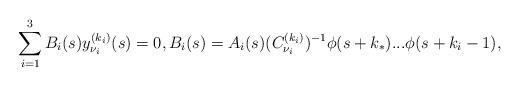
LaTeX: \begin{align*}\sum_{i=1}^3B_i(s)y_{\nu_i}^{(k_i)}(s)=0, B_i(s)=A_i(s)(C_{\nu_i}^{(k_i)})^{-1}\phi(s+k_*)...\phi(s+k_i-1),\end{align*}